Lunatic asylums Madras 1892-1911 - 1892-1911
Year: 1892
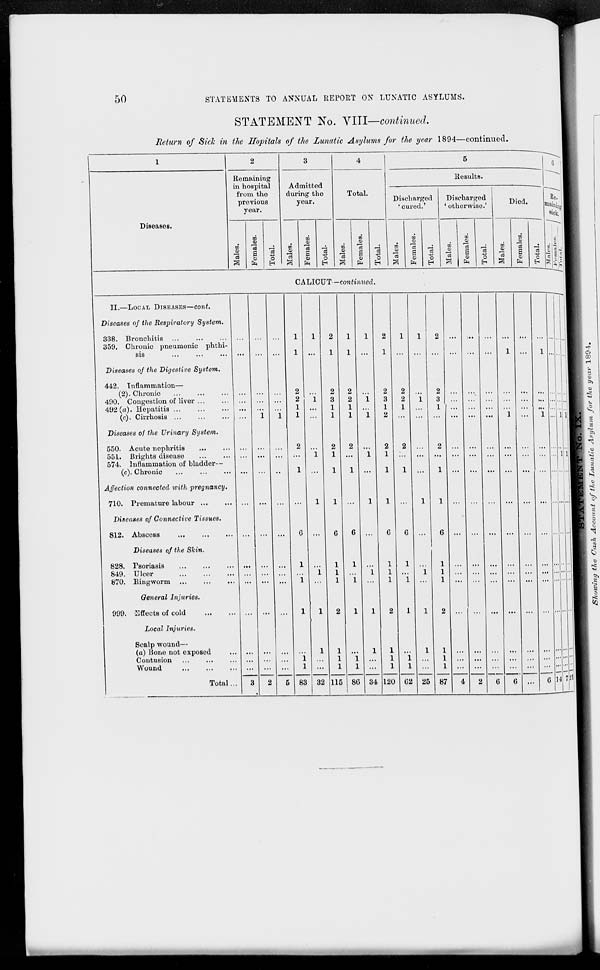
50
STATEMENTS TO ANNUAL REPORT ON LUNATIC ASYLUMS.
STATEMENT No. VIII—continued.
Return of Sick in the Hopitals of the Lunatic Asylums for the year 1894—continued.
1
2
3
4
5
G
■
Remaining
in hospital
from tho
previous
year.
Admitted
during the
year.
Total.
Results.
Discharged
' cured.'
Discharged
' otherwise.'
Died.
Re.
waini
sick
Diseases.
00
03
5
£
CD
ft
Is
o
H
w
<D
to
"3
s
<D
ft
o
H 1
to
DO
0)
8
CD
ft
•S
o
EH
tfl
CD
to
«
a
5
ft
o
H
m
CD
«
k—l
CO
CD
s
CD
ft
"3 -u
p
to
CD
"3
3
CO
CD
a
CD
ft
•i .
1 is
Jt
CA LICUT -continued.
II.—LOCAL DISEASES—cont.
Diseases of the Respiratory System.
338. Bronchitis
359. Chronic pneumonic phthi-
sis
1
1
1
2
1
1
1
1
2
1
1
1
2 ...
,..
1
...
1
c.
... ■
Diseases of the Digestive System.
H
I §
442. Inflammation—
(2). Chronic
490. Congestion of liver ...
492(a). Hepatitis
(c). Cirrhosis ...
...
i 1
1
1
1
i
2
3
1
1
2
2
1
1
i
i
2
3
1
2
2
2
1
1
2
3
1
...
'••.
...
i
...
"i .!!'
»n /or i7te ye
Diseases of the Urinary System.
550. Acute nephritis
551. Brights disease
574. Inflammation of bladder—
(c). Chronic
...
...
2
1
i
2
1
1
2
1
i
2
1
1
2
1
...
2
1
...
...
...
1 ^
Affection connected with pregnancy.
710. Premature labour ...
...
...
...
...
l
1 ...
I
1
...
1
1 ...
...
...
...
...
»r_
I'
Diseases of Connective Tissues.
^H 8
812. Abscess
...
...
...
G ...
G
6
G
6 ...
6 ...
...
...
...
...
1 1 1
Diseases of the Skin.
IN
828. Fsoriasis
849. Ulcer
870. Ringworm
...
...
1
i
i
1
1
1
1
1
i
1
1
1
1
i
i
1
1
1
...
...
...
...
...
■
*
General Injuries.
999. Effects of cold
l
l
2
1
l
2
1
l
2
...
1 1 ^
Local Injuries.
Scalp wound—
(a) Bone not exposed
Contusion
Wound
...
...
...
i
l
l
1
1
1
i
1
l
1
1
1
"i
i
l
1
1
1
...
...
...
...
...
;;;::: 1
Total..
3
2
5 83 32 115 8G 34 120 G2 25 87
4
2
6
G ...
G 11 '7:4